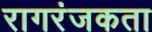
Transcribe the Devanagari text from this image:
रागरंजकता